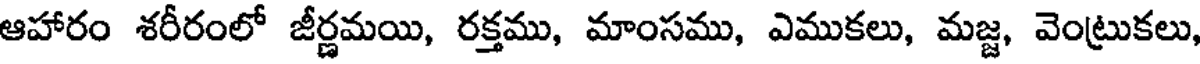
ఆహారం శరీరంలో జీర్ణమయి, రక్తము, మాంసము, ఎముకలు, మజ్జ, వెంట్రుకలు,